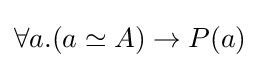
\forall a.(a\simeq A)\to P(a)